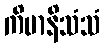
ကိမာနိသံသံ